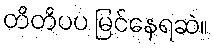
တိတိပပ မြင်နေရဆဲ။